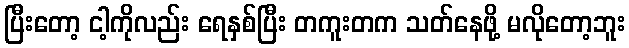
ပြီးတော့ ငါ့ကိုလည်း ရေနှစ်ပြီး တကူးတက သတ်နေဖို့ မလိုတော့ဘူး